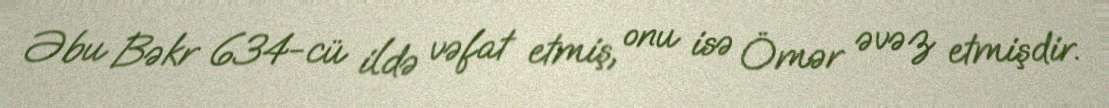
Əbu Bəkr 634-cü ildə vəfat etmiş, onu isə Ömər əvəz etmişdir.